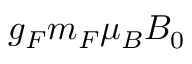
g _ { F } m _ { F } \mu _ { B } B _ { 0 }